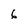
Character: 6